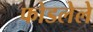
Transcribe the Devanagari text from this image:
फोडलेले